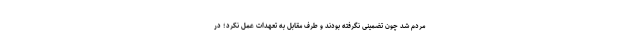
مردم شد چون تضمینی نگرفته بودند و طرف مقابل به تعهدات عمل نکرد؛ در